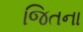
જિતના